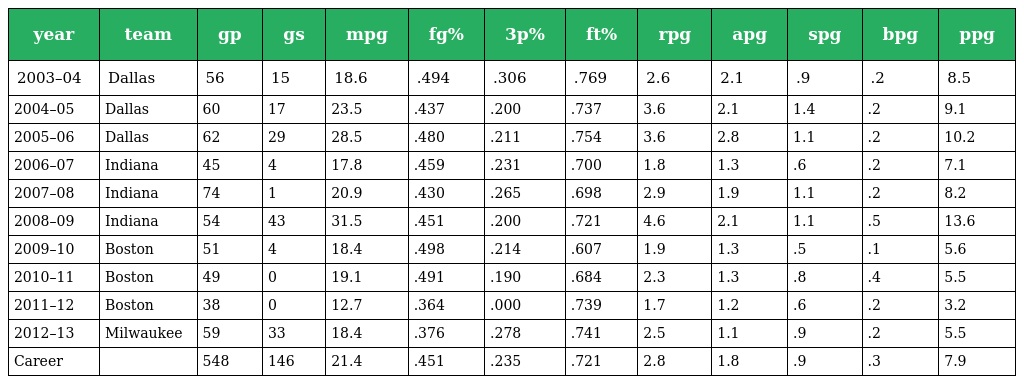
| year | team | gp | gs | mpg | fg% | 3p% | ft% | rpg | apg | spg | bpg | ppg |
 | --- | --- | --- | --- | --- | --- | --- | --- | --- | --- | --- | --- | --- |
 | 2003–04 | Dallas | 56 | 15 | 18.6 | .494 | .306 | .769 | 2.6 | 2.1 | .9 | .2 | 8.5 |
 | 2004–05 | Dallas | 60 | 17 | 23.5 | .437 | .200 | .737 | 3.6 | 2.1 | 1.4 | .2 | 9.1 |
 | 2005–06 | Dallas | 62 | 29 | 28.5 | .480 | .211 | .754 | 3.6 | 2.8 | 1.1 | .2 | 10.2 |
 | 2006–07 | Indiana | 45 | 4 | 17.8 | .459 | .231 | .700 | 1.8 | 1.3 | .6 | .2 | 7.1 |
 | 2007–08 | Indiana | 74 | 1 | 20.9 | .430 | .265 | .698 | 2.9 | 1.9 | 1.1 | .2 | 8.2 |
 | 2008–09 | Indiana | 54 | 43 | 31.5 | .451 | .200 | .721 | 4.6 | 2.1 | 1.1 | .5 | 13.6 |
 | 2009–10 | Boston | 51 | 4 | 18.4 | .498 | .214 | .607 | 1.9 | 1.3 | .5 | .1 | 5.6 |
 | 2010–11 | Boston | 49 | 0 | 19.1 | .491 | .190 | .684 | 2.3 | 1.3 | .8 | .4 | 5.5 |
 | 2011–12 | Boston | 38 | 0 | 12.7 | .364 | .000 | .739 | 1.7 | 1.2 | .6 | .2 | 3.2 |
 | 2012–13 | Milwaukee | 59 | 33 | 18.4 | .376 | .278 | .741 | 2.5 | 1.1 | .9 | .2 | 5.5 |
 | Career |  | 548 | 146 | 21.4 | .451 | .235 | .721 | 2.8 | 1.8 | .9 | .3 | 7.9 |